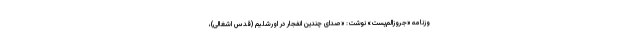
وزنامه «جروزالم‌پست» نوشت: «صدای چندین انفجار در اورشلیم (قدس اشغالی)،